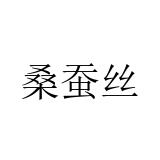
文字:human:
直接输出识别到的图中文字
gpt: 桑蚕丝